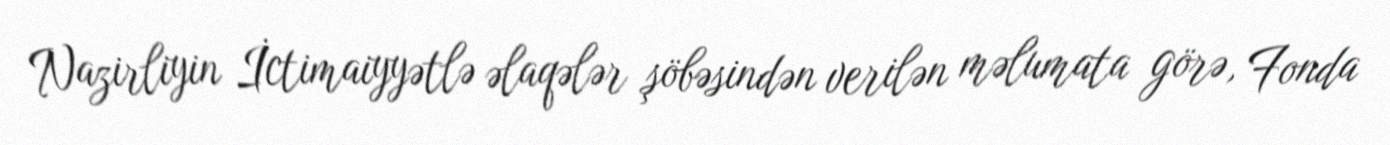
Nazirliyin İctimaiyyətlə əlaqələr şöbəsindən verilən məlumata görə, Fonda